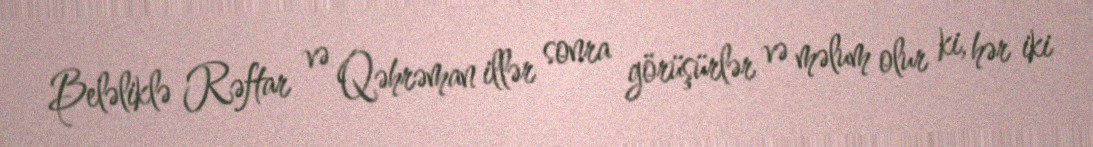
Beləliklə Rəftar və Qəhrəman illər sonra görüşürlər və məlum olur ki, hər iki